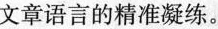
文章语言的精准凝练。